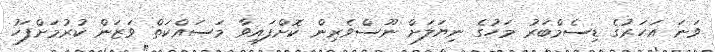
ވަނަ އަހަރުގެ ޑިސެމްބަރު މަހުގެ ނިޔަލަށް ނޫސްވެރިން ކޮށްފައިވާ މަސައްކަތް ވަޒަން ކުރުމަށްފަހު